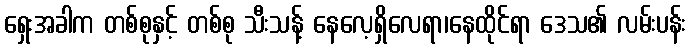
ရှေးအခါက တစ်စုနှင့် တစ်စု သီးသန့် နေလေ့ရှိလေရာ၊နေထိုင်ရာ ဒေသ၏ လမ်းပန်း